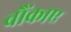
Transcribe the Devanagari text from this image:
चौंकाए